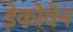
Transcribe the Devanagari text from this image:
ड़ेकोवेन